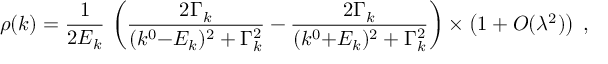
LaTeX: \rho ( k ) = { \frac { 1 } { 2 E _ { k } } } \, \left( { \frac { 2 \Gamma _ { k } } { ( k ^ { 0 } { - } E _ { k } ) ^ { 2 } + \Gamma _ { k } ^ { 2 } } } - { \frac { 2 \Gamma _ { k } } { ( k ^ { 0 } { + } E _ { k } ) ^ { 2 } + \Gamma _ { k } ^ { 2 } } } \right) \times \left( 1 + { \cal O } ( \lambda ^ { 2 } ) \right) \; ,